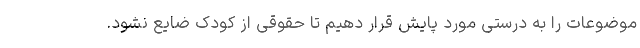
موضوعات را به درستی مورد پایش قرار دهیم تا حقوقی از کودک ضایع نشود.